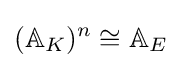
(\mathbb {A} _{K})^{n}\cong \mathbb {A} _{E}